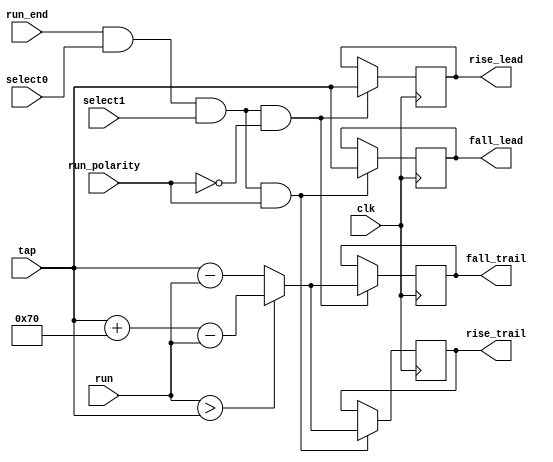
//*****************************************************************************
// (c) Copyright 2009 - 2012 Xilinx, Inc. All rights reserved.
//
// This file contains confidential and proprietary information
// of Xilinx, Inc. and is protected under U.S. and
// international copyright and other intellectual property
// laws.
//
// DISCLAIMER
// This disclaimer is not a license and does not grant any
// rights to the materials distributed herewith. Except as
// otherwise provided in a valid license issued to you by
// Xilinx, and to the maximum extent permitted by applicable
// law: (1) THESE MATERIALS ARE MADE AVAILABLE "AS IS" AND
// WITH ALL FAULTS, AND XILINX HEREBY DISCLAIMS ALL WARRANTIES
// AND CONDITIONS, EXPRESS, IMPLIED, OR STATUTORY, INCLUDING
// BUT NOT LIMITED TO WARRANTIES OF MERCHANTABILITY, NON-
// INFRINGEMENT, OR FITNESS FOR ANY PARTICULAR PURPOSE; and
// (2) Xilinx shall not be liable (whether in contract or tort,
// including negligence, or under any other theory of
// liability) for any loss or damage of any kind or nature
// related to, arising under or in connection with these
// materials, including for any direct, or any indirect,
// special, incidental, or consequential loss or damage
// (including loss of data, profits, goodwill, or any type of
// loss or damage suffered as a result of any action brought
// by a third party) even if such damage or loss was
// reasonably foreseeable or Xilinx had been advised of the
// possibility of the same.
//
// CRITICAL APPLICATIONS
// Xilinx products are not designed or intended to be fail-
// safe, or for use in any application requiring fail-safe
// performance, such as life-support or safety devices or
// systems, Class III medical devices, nuclear facilities,
// applications related to the deployment of airbags, or any
// other applications that could lead to death, personal
// injury, or severe property or environmental damage
// (individually and collectively, "Critical
// Applications"). Customer assumes the sole risk and
// liability of any use of Xilinx products in Critical
// Applications, subject only to applicable laws and
// regulations governing limitations on product liability.
//
// THIS COPYRIGHT NOTICE AND DISCLAIMER MUST BE RETAINED AS
// PART OF THIS FILE AT ALL TIMES.
//
//*****************************************************************************
//   ____  ____
//  /   /\/   /
// /___/  \  /    Vendor: Xilinx
// \   \   \/     Version:%version
//  \   \         Application: MIG
//  /   /         Filename: mig_7series_v4_2_poc_meta.v
// /___/   /\     Date Last Modified: $$
// \   \  /  \    Date Created:Fri 24 Jan 2014
//  \___\/\___\
//
//Device: Virtex-7
//Design Name: DDR3 SDRAM
//Purpose: Phaser output calibration edge store.
//Reference:
//Revision History:
//*****************************************************************************

`timescale 1 ps / 1 ps

module mig_7series_v4_2_poc_edge_store #
  (parameter TCQ                        = 100,
   parameter TAPCNTRWIDTH               = 7,
   parameter TAPSPERKCLK                = 112)
  (/*AUTOARG*/
  // Outputs
  fall_lead, fall_trail, rise_lead, rise_trail,
  // Inputs
  clk, run_polarity, run_end, select0, select1, tap, run
  );
  
  input clk;

  input run_polarity;
  input run_end;
  input select0;
  input select1;
  input [TAPCNTRWIDTH-1:0] tap;
  input [TAPCNTRWIDTH-1:0] run;

  wire [TAPCNTRWIDTH:0] trailing_edge = run > tap ? tap + TAPSPERKCLK[TAPCNTRWIDTH-1:0] - run
                                                  : tap - run;

  wire run_end_this = run_end && select0 && select1;

  reg [TAPCNTRWIDTH-1:0] fall_lead_r, fall_trail_r, rise_lead_r, rise_trail_r;
  output [TAPCNTRWIDTH-1:0] fall_lead, fall_trail, rise_lead, rise_trail;
  assign fall_lead = fall_lead_r;
  assign fall_trail = fall_trail_r;
  assign rise_lead = rise_lead_r;
  assign rise_trail = rise_trail_r;
  
  wire [TAPCNTRWIDTH-1:0] fall_lead_ns = run_end_this & run_polarity ? tap : fall_lead_r;
  wire [TAPCNTRWIDTH-1:0] rise_trail_ns = run_end_this & run_polarity ? trailing_edge[TAPCNTRWIDTH-1:0]
                                                                      : rise_trail_r;
  wire [TAPCNTRWIDTH-1:0] rise_lead_ns = run_end_this & ~run_polarity ? tap : rise_lead_r;
  wire [TAPCNTRWIDTH-1:0] fall_trail_ns = run_end_this & ~run_polarity ? trailing_edge[TAPCNTRWIDTH-1:0]
                                                                       : fall_trail_r;
     
  always @(posedge clk) fall_lead_r <= #TCQ fall_lead_ns;
  always @(posedge clk) fall_trail_r <= #TCQ fall_trail_ns;
  always @(posedge clk) rise_lead_r <= #TCQ rise_lead_ns;
  always @(posedge clk) rise_trail_r <= #TCQ rise_trail_ns;
  
endmodule // mig_7series_v4_2_poc_edge_store

// Local Variables:
// verilog-library-directories:(".")
// verilog-library-extensions:(".v")
// End: